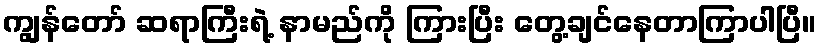
ကျွန်တော် ဆရာကြီးရဲ့ နာမည်ကို ကြားပြီး တွေ့ချင်နေတာကြာပါပြီ။